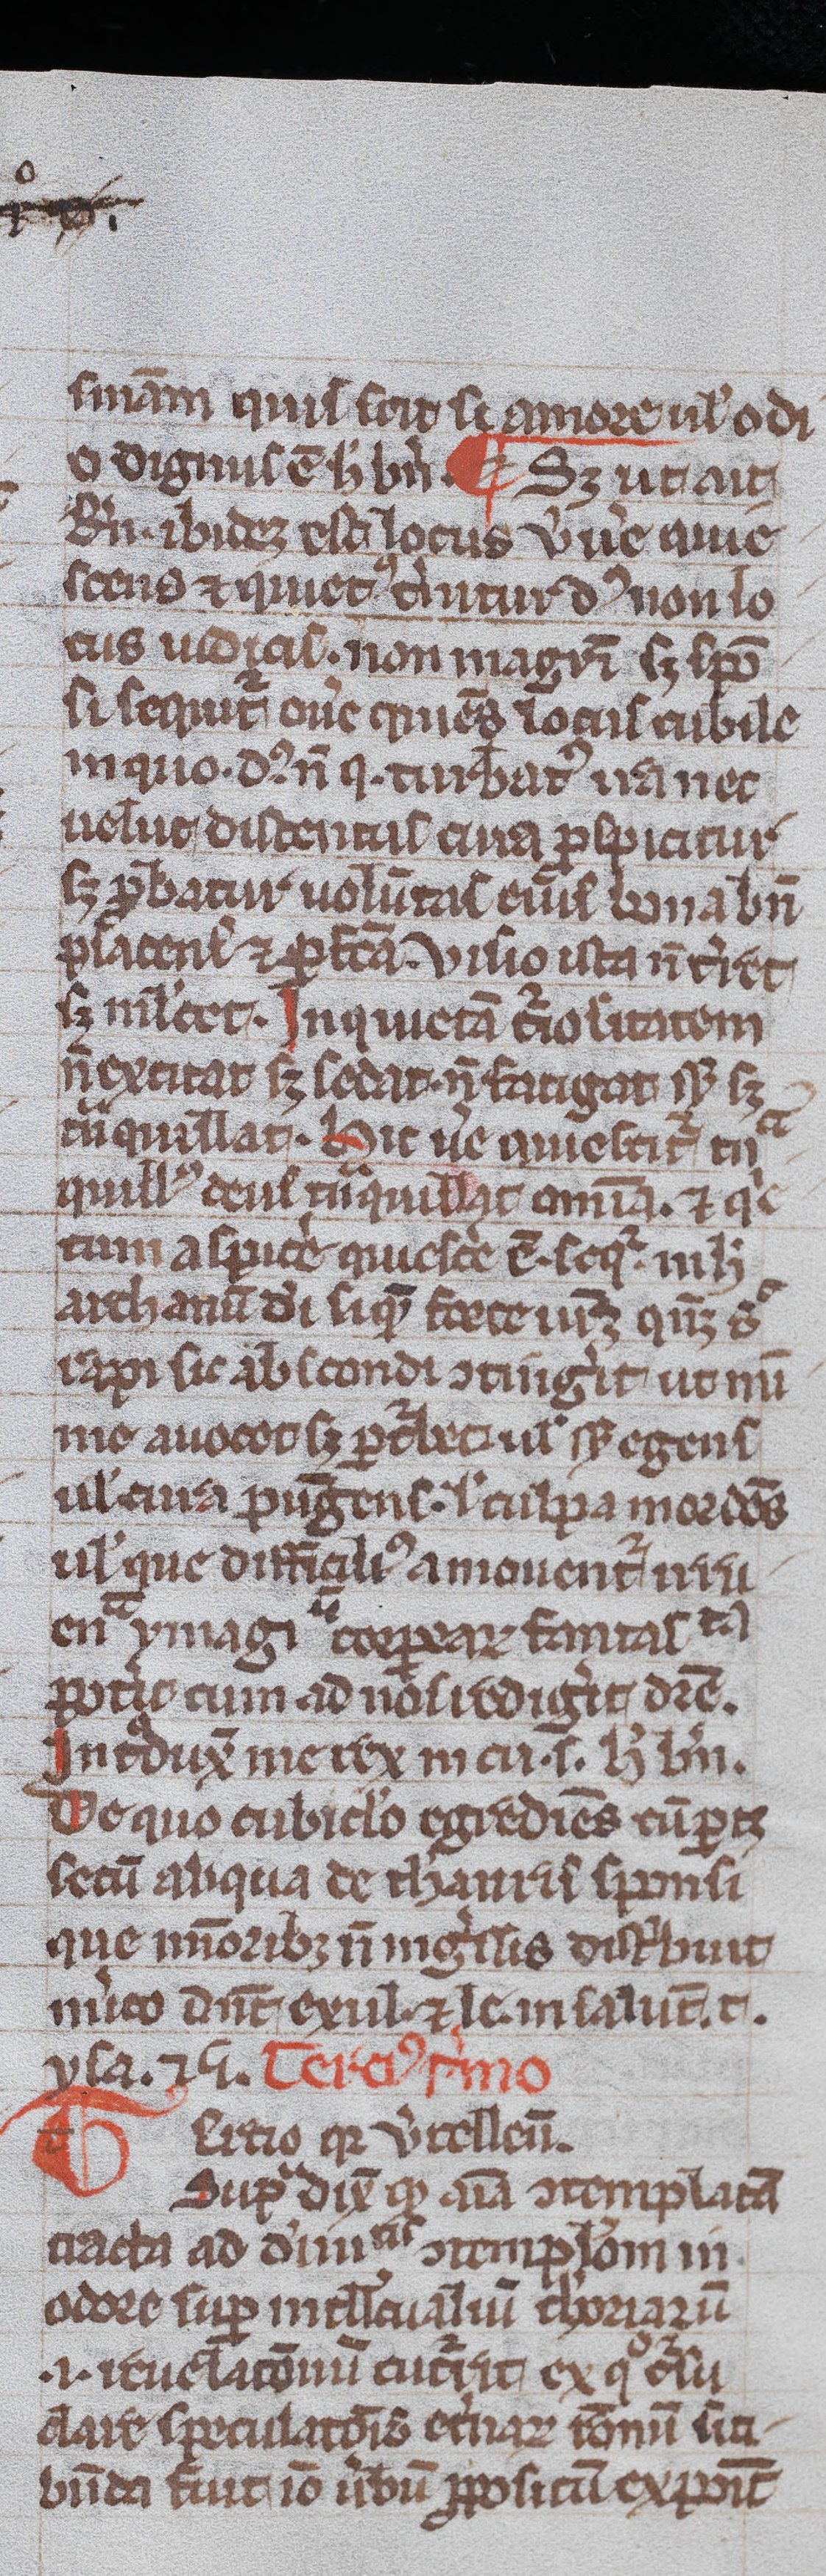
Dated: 1300–1399